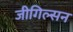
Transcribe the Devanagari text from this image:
जीगिल्सन